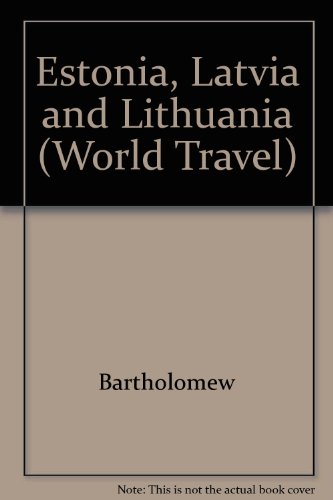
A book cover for Estonia, Latvia and Lithuania (World Travel); John Bartholomew and Son Bartholomew; Travel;